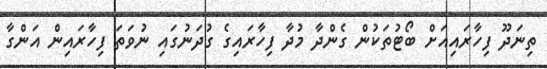
ތިނަދޫ ފިހާރައިއަށް ބޯޓުތަކުން ގެންދާ މުދާ ފިހާރައިގެ ގުދަނުގައި ނުވަތަ ފިހާރައިން އަންގާ